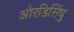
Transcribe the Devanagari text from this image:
ओरडिसिंधु